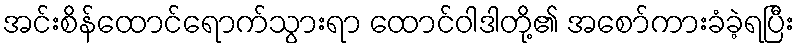
အင်းစိန်ထောင်ရောက်သွားရာ ထောင်ဝါဒါတို့၏ အစော်ကားခံခဲ့ရပြီး